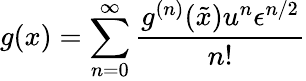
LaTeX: g(x)=\sum_{n=0}^{\infty}\frac{g^{(n)}(\tilde{x})u^{n}\epsilon^{n/2}}{n!}